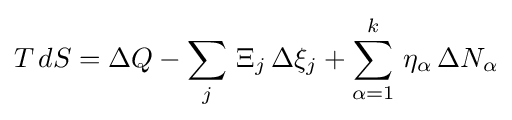
T\,dS=\Delta Q-\sum _{j}\,\Xi _{j}\,\Delta \xi _{j}+\sum _{\alpha =1}^{k}\,\eta _{\alpha }\,\Delta N_{\alpha }